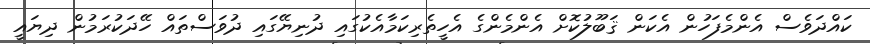
ކައްދަވެސް އެންމެފަހުން އެކަން ޤަބޫލުކޮށް އެންމެންގެ އެހީތެރިކަމާއެކުގައި ދުނިޔޭގައި ދުވަސްތައް ހޭދަކުރަމުން ދިޔައީ